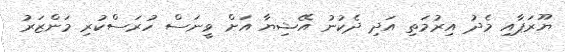
ޔޫރަޕާއި މެދު އިރުމަތި އަދި ދެކުނު އޭޝިޔާ އަށް ވީނަސް ހުރަސްކުރި މަންޒަރު